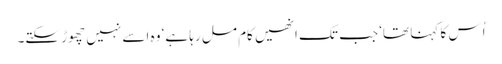
اُس کا کہنا تھا‘ جب تک انھیں کام مل رہا ہے‘ وہ اسے نہیں چھوڑ سکتے۔